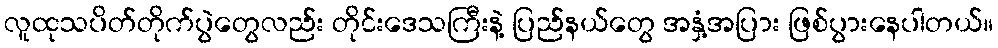
လူထုသပိတ်တိုက်ပွဲတွေလည်း တိုင်းဒေသကြီးနဲ့ ပြည်နယ်တွေ အနှံ့အပြား ဖြစ်ပွားနေပါတယ်။